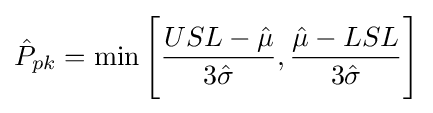
{\hat {P}}_{pk}=\min {\Bigg [}{USL-{\hat {\mu }} \over 3{\hat {\sigma }}},{{\hat {\mu }}-LSL \over 3{\hat {\sigma }}}{\Bigg ]}